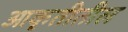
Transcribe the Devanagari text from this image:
आकृतीतील